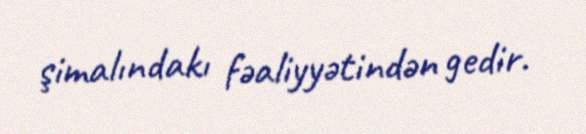
şimalındakı fəaliyyətindən gedir.